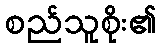
စည်သူစိုး၏